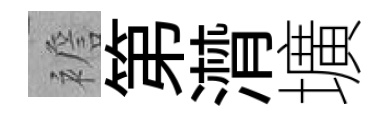
襜第潸壙